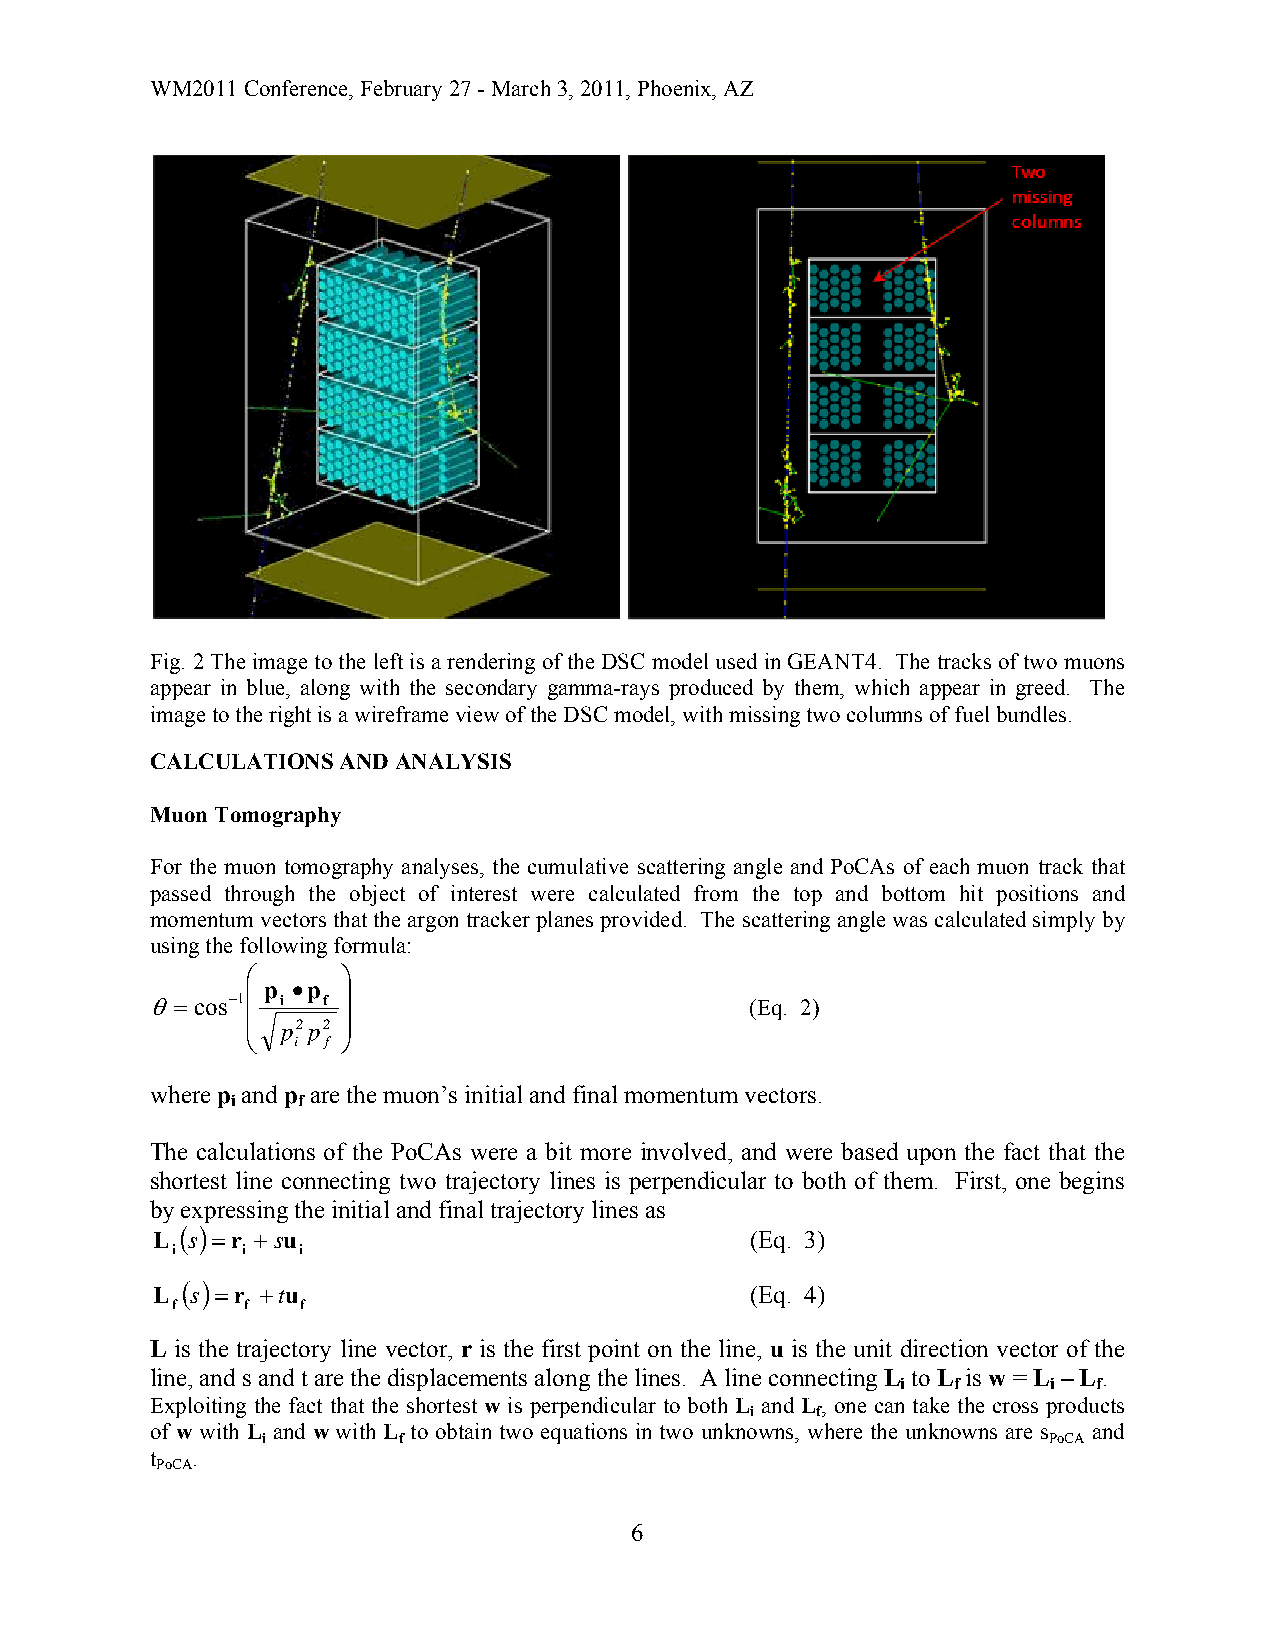
WM2011 Conference, February 27 - March 3, 2011, Phoenix, AZ
 Fig. 2 The image to the left is a rendering of the DSC model used in GEANT4. The tracks of two muons
 appear in blue, along with the secondary gamma-rays produced by them, which appear in greed. The
 image to the right is a wireframe view of the DSC model, with missing two columns of fuel bundles.
 CALCULATIONS AND ANALYSIS
 Muon Tomography
 For the muon tomography analyses, the cumulative scattering angle and PoCAs of each muon track that
 passed through the object of interest were calculated from the top and bottom hit positions and
 momentum vectors that the argon tracker planes provided. The scattering angle was calculated simply by
 using the following formula:
 ⎛      ⎞
 ⎜ p •p ⎟
 θ=cos−1  i f                            (Eq. 2)
 ⎜      ⎟
 ⎜  p2p2 ⎟
 ⎝  i f ⎠
 where p and p are the muon’s initial and final momentum vectors.
 i    f
 The calculations of the PoCAs were a bit more involved, and were based upon the fact that the
 shortest line connecting two trajectory lines is perpendicular to both of them. First, one begins
 by expressing the initial and final trajectory lines as
 L (s) =r +su                            (Eq. 3)
 i    i   i
 L (s)=r +tu                             (Eq. 4)
 f    f   f
 L is the trajectory line vector, r is the first point on the line, u is the unit direction vector of the
 line, and s and t are the displacements along the lines. A line connecting L to L is w = L – L.
 i  f      i  f
 Exploiting the fact that the shortest w is perpendicular to both L and L, one can take the cross products
 i   f
 of w with L and w with L to obtain two equations in two unknowns, where the unknowns are s and
 i        f                                          PoCA
 t  .
 PoCA
 6